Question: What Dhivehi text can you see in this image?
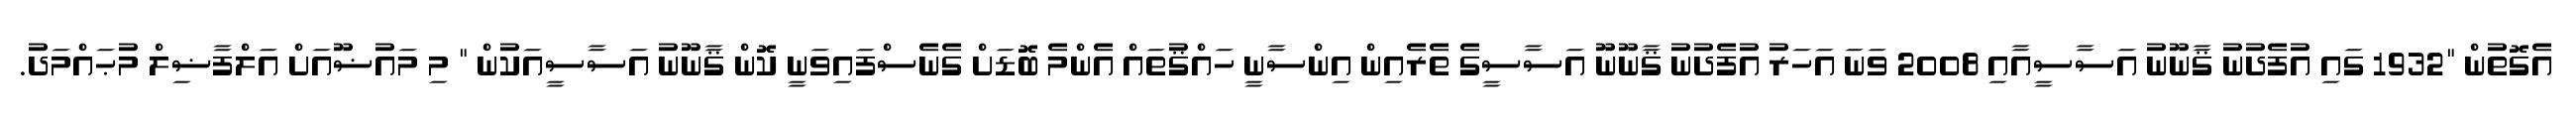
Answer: އެގޮތުން "1932 ގައި އުފެދުނު ޤާނޫނު އަސާސީއާއި 2008 ވަނަ އަހަރު އުފެދުނު ޤާނޫނޫ އަސާސީގެ ތެރެއިން އިންސާނީ ހައްޤުތައް އެންމެ ބޮޑަށް ގެނެސްފައިވަނީ ކޮން ޤާނޫނު އަސާސީއަކުން " މި މައުޟޫއަށް އަލްފާޟިލް މުޙައްމަދު.